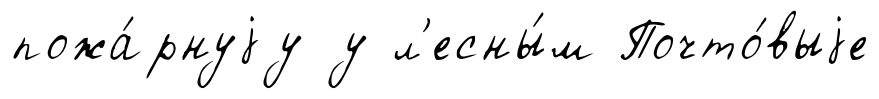
пожа́рнуjу у л'есны́м Почто́выjе